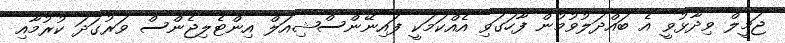
ޖަމީލް ވިދާޅުވީ އެ ބައްދަލުވުމުން ފާހަގަވި އެއްކަމަކީ ފައިނޭންސްޝިއަލް އިންޓެލިޖެންސް ވަރުގަދަ ކުރުމާއި